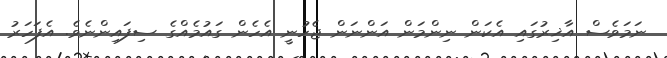
ނަމަވެސް އާޚިރުގައި އެކަން ނިންމަން އަންނަން ޖެހުނީ އެހެން ގައުމެއްގެ ސިފައިންނެވެ. އެފަހަރު